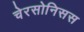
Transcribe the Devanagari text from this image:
चेरसोनिसस